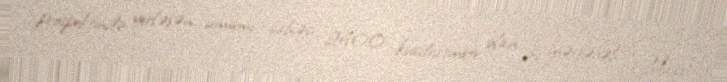
prospektində yerləşən ümumi sahəsi 2400 kvadratmetr olan 3 mərtəbəli "Maxx”